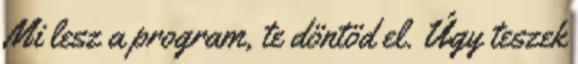
Mi lesz a program, te döntöd el. Úgy teszek